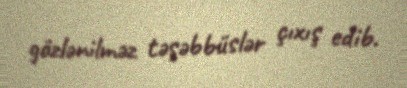
gözlənilməz təşəbbüslər çıxış edib.